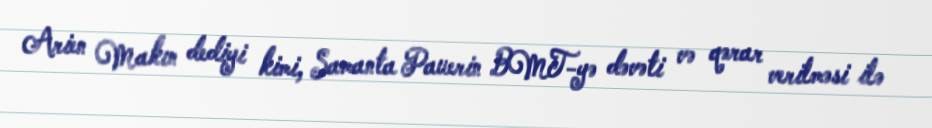
Arien Makın dediyi kimi, Samanta Pauerin BMT-yə dəvəti və qərar verilməsi ilə